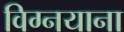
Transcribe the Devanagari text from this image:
विग्नयाना